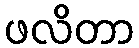
ဖလိတာ